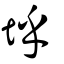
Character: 垀